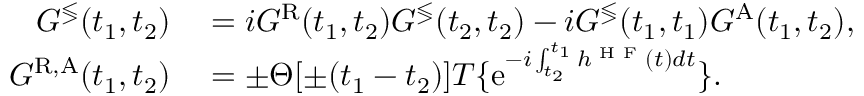
\begin{array} { r l } { G ^ { \lessgtr } ( t _ { 1 } , t _ { 2 } ) } & { { } = i G ^ { \mathrm { R } } ( t _ { 1 } , t _ { 2 } ) G ^ { \lessgtr } ( t _ { 2 } , t _ { 2 } ) - i G ^ { \lessgtr } ( t _ { 1 } , t _ { 1 } ) G ^ { \mathrm { A } } ( t _ { 1 } , t _ { 2 } ) , } \\ { G ^ { \mathrm { R , A } } ( t _ { 1 } , t _ { 2 } ) } & { { } = \pm \Theta [ \pm ( t _ { 1 } - t _ { 2 } ) ] T \{ \mathrm { e } ^ { - i \int _ { t _ { 2 } } ^ { t _ { 1 } } h ^ { \textrm { H F } } ( t ) d t } \} . } \end{array}